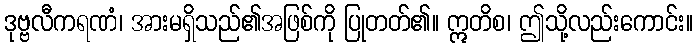
ဒုဗ္ဗလီကရဏံ၊ အားမရှိသည်၏အဖြစ်ကို ပြုတတ်၏။ ဣတိစ၊ ဤသို့လည်းကောင်း။